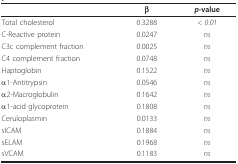
<table><thead><tr><td></td><td><b>β</b></td><td><b><i>p</i>-value</b></td></tr></thead><tbody><tr><td>Total cholesterol</td><td>0.3288</td><td><i>&lt; 0.01</i></td></tr><tr><td>C-Reactive protein</td><td>0.0247</td><td><i>ns</i></td></tr><tr><td>C3c complement fraction</td><td>0.0025</td><td><i>ns</i></td></tr><tr><td>C4 complement fraction</td><td>0.0748</td><td><i>ns</i></td></tr><tr><td>Haptoglobin</td><td>0.1522</td><td><i>ns</i></td></tr><tr><td>α1-Antitrypsin</td><td>0.0546</td><td><i>ns</i></td></tr><tr><td>α2-Macroglobulin</td><td>0.1642</td><td><i>ns</i></td></tr><tr><td>α1-acid glycoprotein</td><td>0.1808</td><td><i>ns</i></td></tr><tr><td>Ceruloplasmin</td><td>0.0133</td><td><i>ns</i></td></tr><tr><td>sICAM</td><td>0.1884</td><td><i>ns</i></td></tr><tr><td>sELAM</td><td>0.1968</td><td><i>ns</i></td></tr><tr><td>sVCAM</td><td>0.1183</td><td><i>ns</i></td></tr></tbody></table>